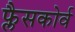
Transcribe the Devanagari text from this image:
फ्लैसकोर्व